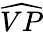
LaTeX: \widehat{VP}